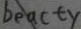
b e a c t y